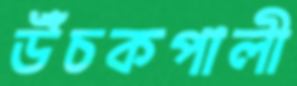
উঁচকপালী